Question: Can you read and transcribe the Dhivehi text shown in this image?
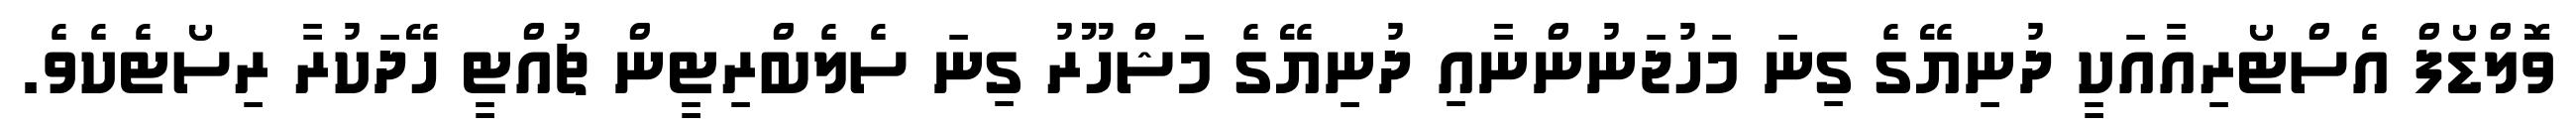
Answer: ވޮލްޑޯފް އެސްޓޯރިއާއަކީ ދުނިޔޭގެ ގިނަ މަހުޖަނުންނާއި ދުނިޔޭގެ މަޝްހޫރު ގިނަ ސެލެބްރިޓީން ޗުއްޓީ ހޭދަކުރާ ރިސޯޓެކެވެ.